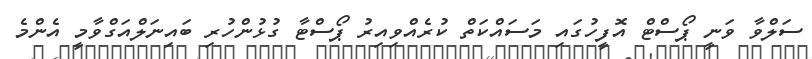
ސަލްވާ ވަނީ ޕޯސްޓް އޮފީހުގައި މަސައްކަތް ކުރެއްވިއިރު ޕޯސްޓާ ގުޅުންހުރި ބައިނަލްއަގްވާމީ އެންމެ